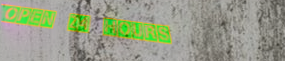
OPEN 24 HOURS